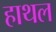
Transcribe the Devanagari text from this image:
हाथल